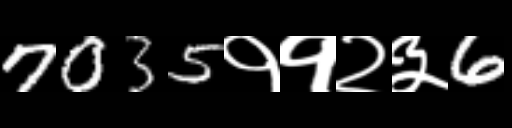
Text: 7035११२३6